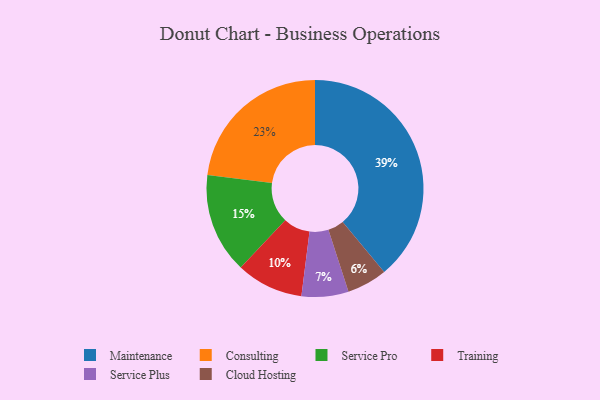
{"axis": {"x": "Category", "y": "Percentage"}, "legend": ["Cloud Hosting", "Consulting", "Maintenance", "Service Plus", "Service Pro", "Training"], "data": [{"x": "Consulting", "y": 23, "type": "Consulting"}, {"x": "Service Plus", "y": 7, "type": "Service Plus"}, {"x": "Training", "y": 10, "type": "Training"}, {"x": "Service Pro", "y": 15, "type": "Service Pro"}, {"x": "Maintenance", "y": 39, "type": "Maintenance"}, {"x": "Cloud Hosting", "y": 6, "type": "Cloud Hosting"}]}